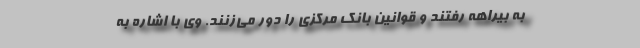
به بیراهه رفتند و قوانین بانک مرکزی را دور می‌زنند. وی با اشاره به